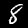
Label: 8